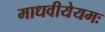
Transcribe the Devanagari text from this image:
माधवीयेयमः